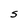
Character: S